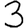
Digit: 3